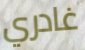
غادري